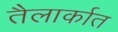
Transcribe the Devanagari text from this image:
तैलार्कात